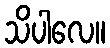
သိပါလေ။